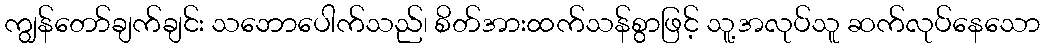
ကျွန်တော်ချက်ချင်း သဘောပေါက်သည်၊ စိတ်အားထက်သန်စွာဖြင့် သူ့အလုပ်သူ ဆက်လုပ်နေသော